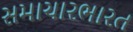
સમાચારભારત